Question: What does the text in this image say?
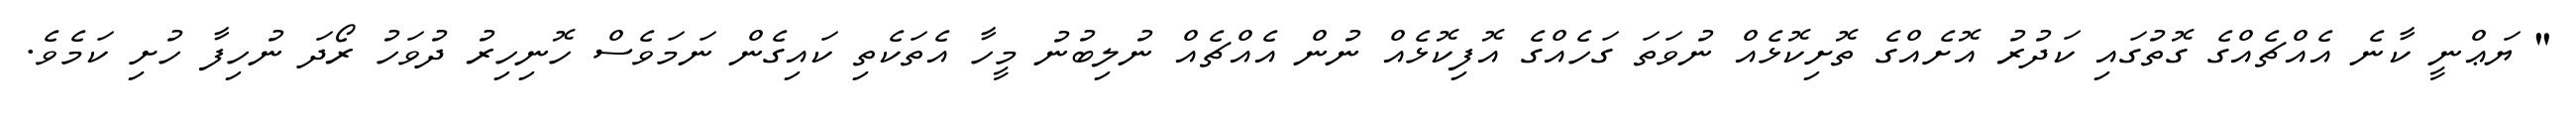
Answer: " ޔަޢްނީ ކާނެ އެއްޗެއްގެ ގޮތުގައި ކަދުރު އޮށެއްގެ ތޮށިކޮޅެއް ނުވަތަ ގަހެއްގެ އޮފިކޮޅެއް ނުން އެއްޗެއް ނުލިބުނު މީހާ އެތަކެތި ކައިގެން ނަމަވެސް ހޮނިހިރު ދުވަހު ރޯދަ ނުހިފާ ހުށި ކަމެވެ.